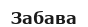
Забава